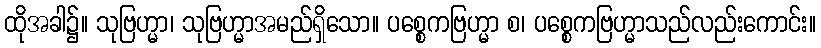
ထိုအခါ၌။ သုဗြဟ္မာ၊ သုဗြဟ္မာအမည်ရှိသော။ ပစ္စေကဗြဟ္မာ စ၊ ပစ္စေကဗြဟ္မာသည်လည်းကောင်း။